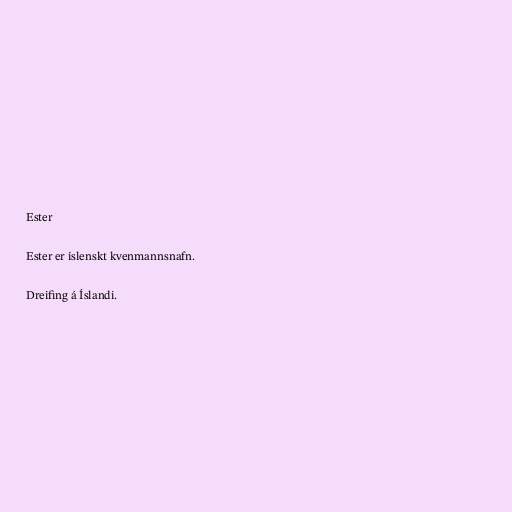
Ester

Ester er íslenskt kvenmannsnafn.

Dreifing á Íslandi.